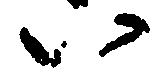
い